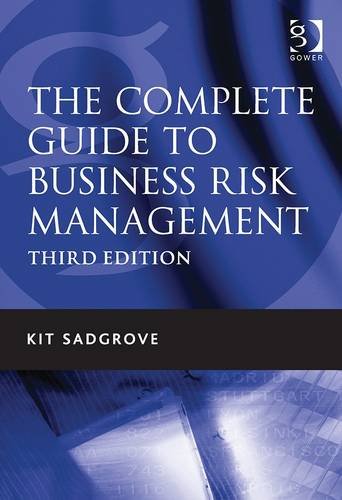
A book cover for The Complete Guide to Business Risk Management; Kit Sadgrove; Business & Money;